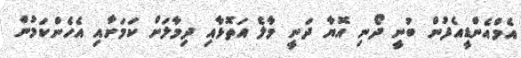
އެމްއެންޑީއެފުން ބުނީ ދޯނި އޮޔާ ދަނީ މާލެ އަތޮޅާއި ދިމާލަށް ކަމަށާއި އެހެންކަމުން